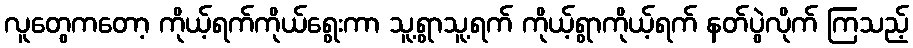
လူတွေကတော့ ကိုယ့်ရက်ကိုယ်ရွေးကာ သူ့ရွာသူ့ရက် ကိုယ့်ရွာကိုယ့်ရက် နတ်ပွဲလိုက် ကြသည့်